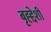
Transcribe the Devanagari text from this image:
बृह्द्देशी